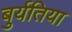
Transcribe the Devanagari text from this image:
बुर्यतिया